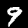
Digit: 9